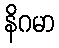
နိဂမာ